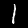
Label: 1